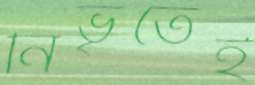
নিভৃতেই